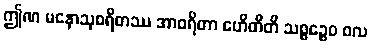
ဤဏ မနောသုစရိတဿ အာဝရိတာ ဧဟိတီတိ သစ္စဉ္စေဝ ဝလ